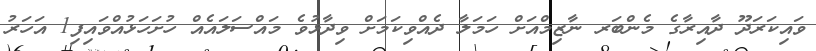
ވައިކަރަދޫ ދާއިރާގެ މެންބަރ ނާޒިމްއަށް ހަމަލާ ދެއްވިކަމަށް ވިދާޅުވެ މައްސަލައެއް ހުށަހަޅުއްވައިފި1 އަހަރު